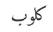
كلوب